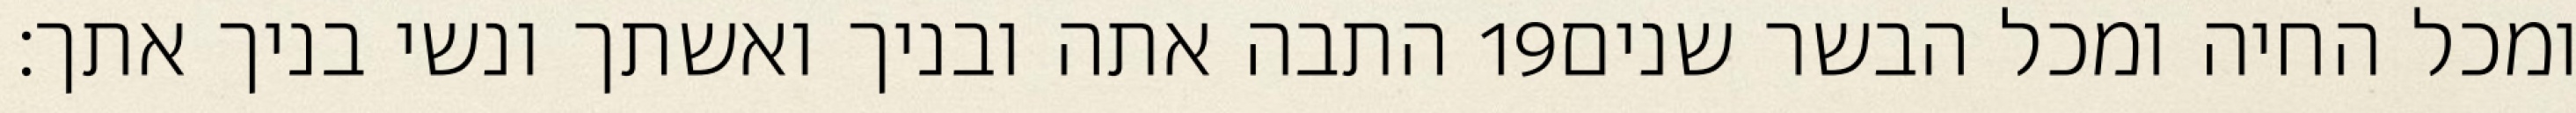
התבה אתה ובניך ואשתך ונשי בניך אתך׃ ‎19‏ ומכל החיה ומכל הבשר שנים